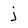
Character: j